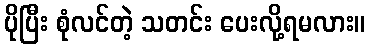
ပိုပြီး စုံလင်တဲ့ သတင်း ပေးလို့ရမလား။